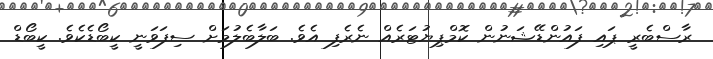
ރާސްބެރީ ޕައި ފައުންޑޭޝަނުން ކޮމްޕިޔުޓަރެއް ނެރެފި އެވެ. ބަލާބެލުމަށް ސިފަވަނީ ކީބޯޑެކެވެ. ކީބޯޑް